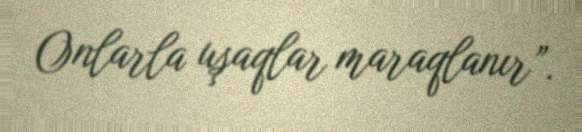
Onlarla uşaqlar maraqlanır”.